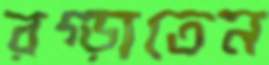
রগ্‌ড়াতেন